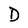
Character: D